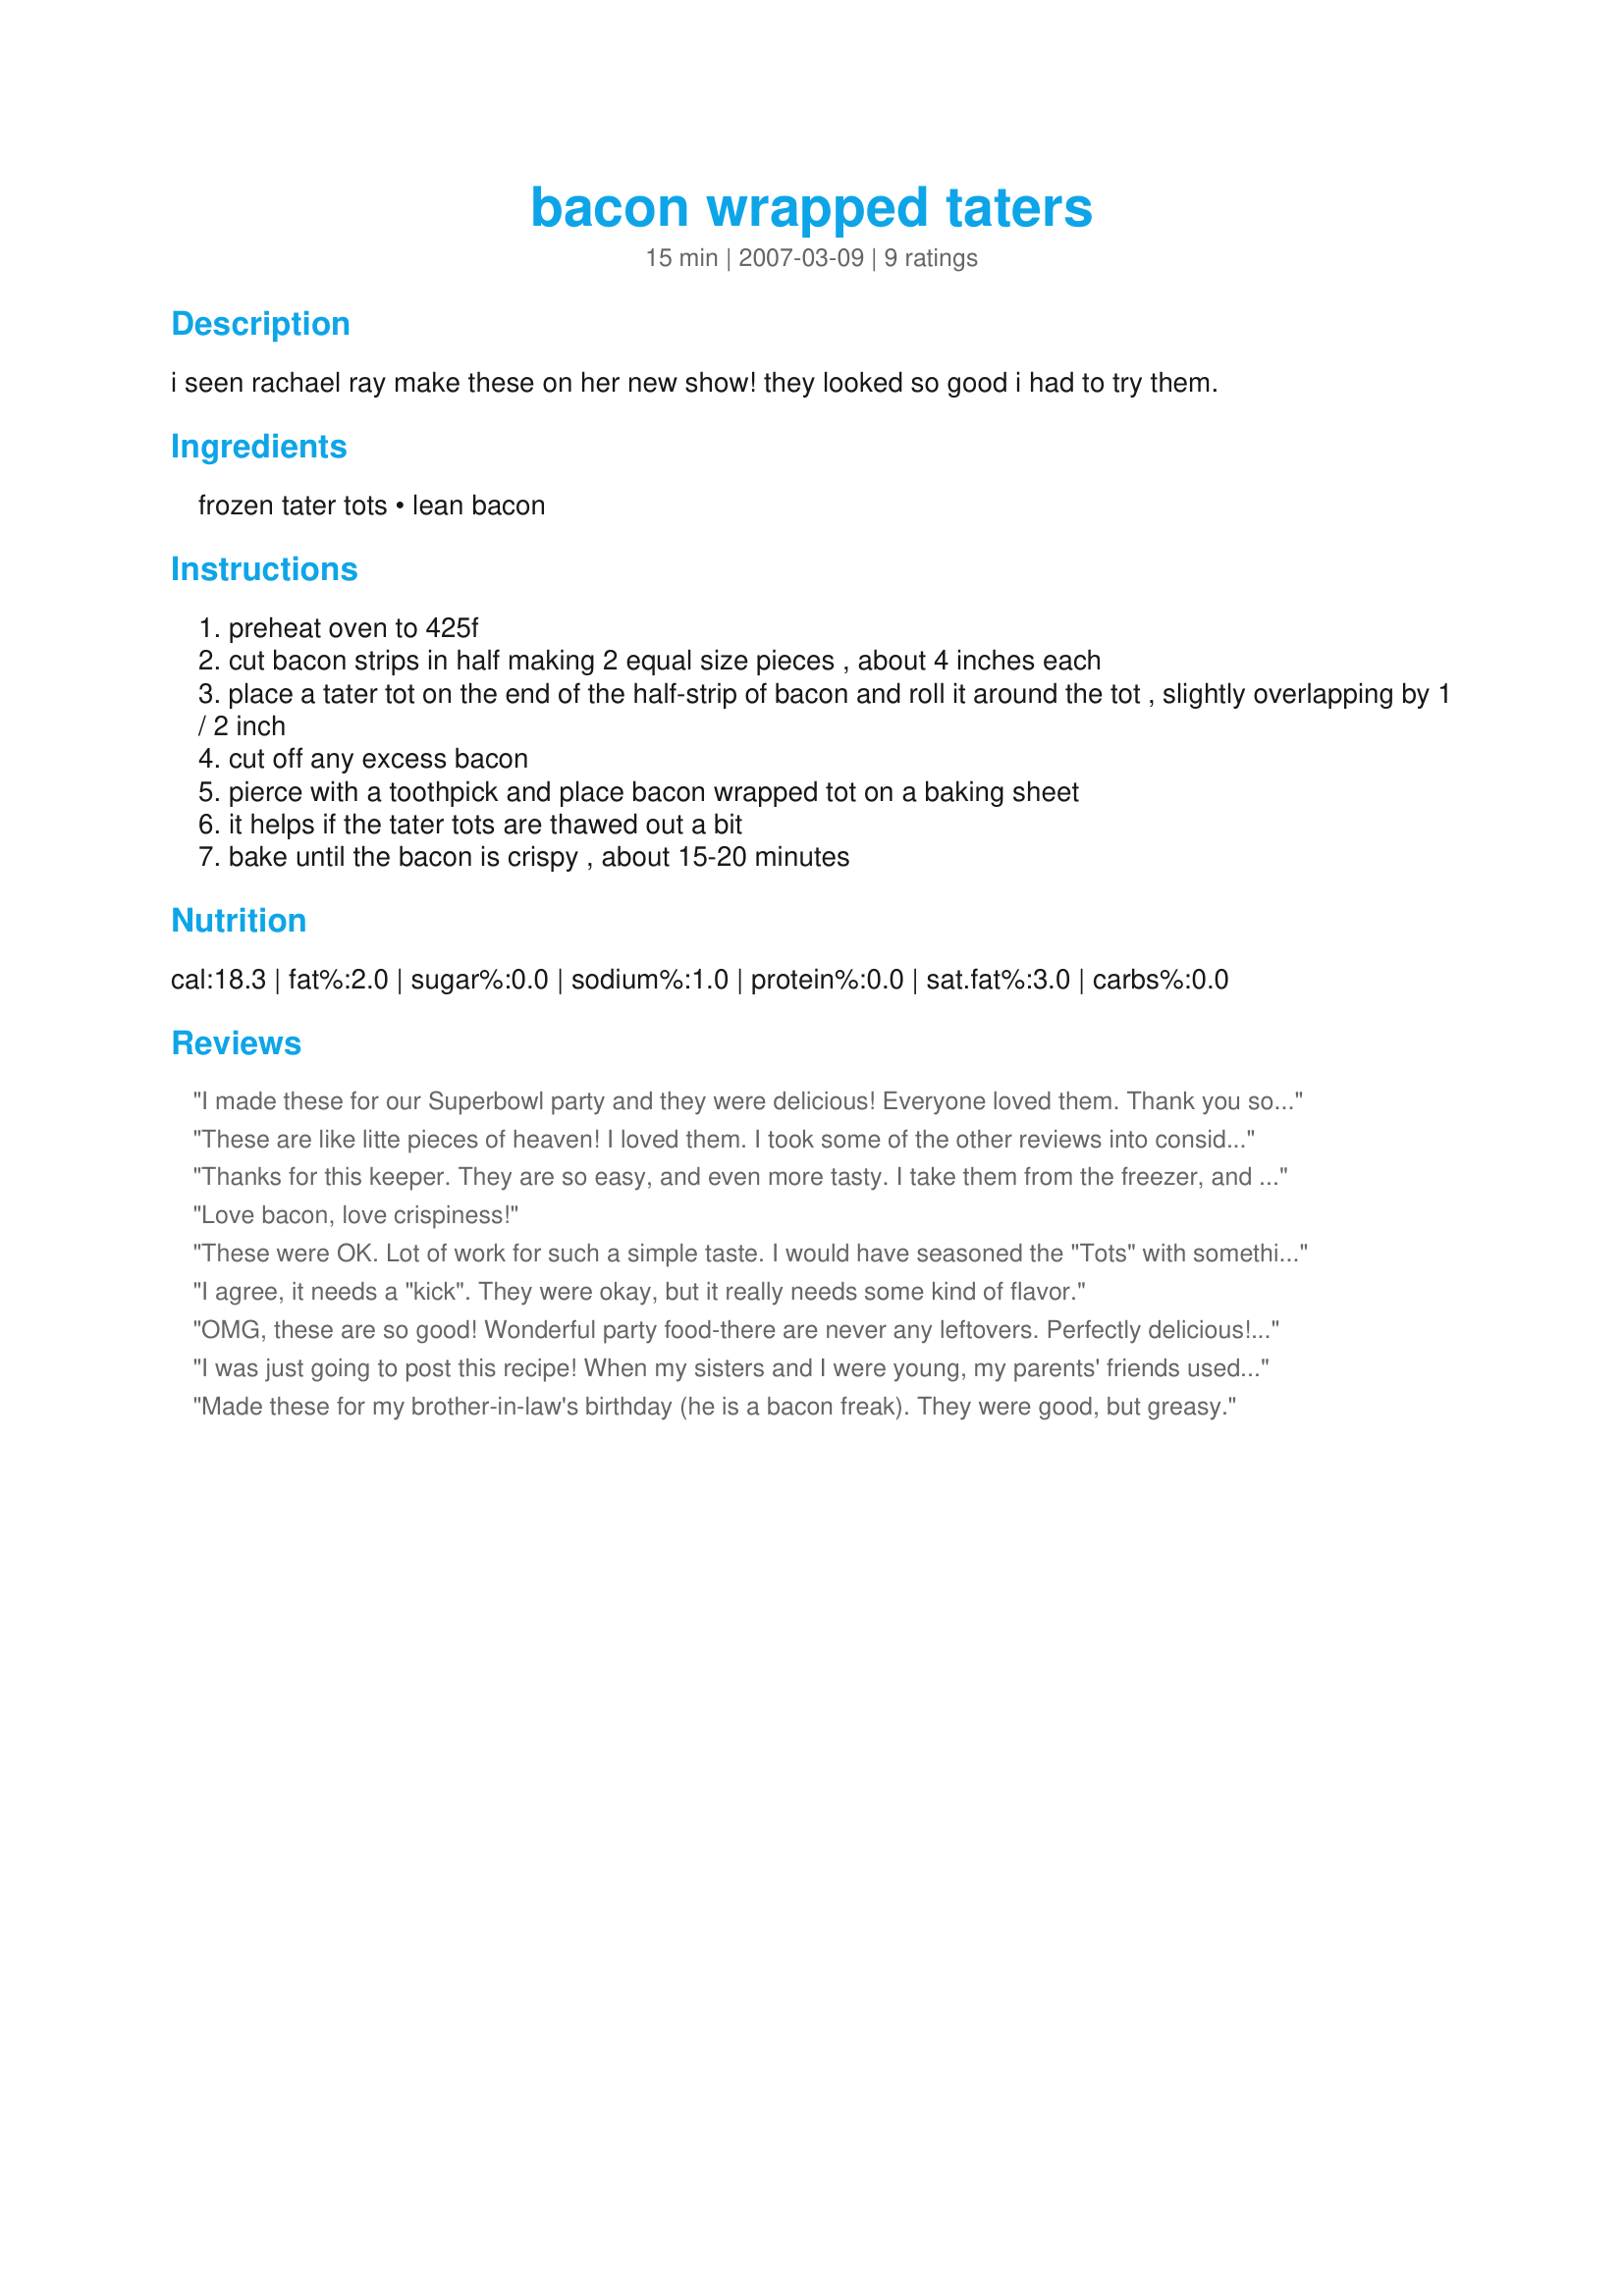
bacon wrapped taters
Preparation time: 15 minutes

i seen rachael ray make these on her new show! they looked so good i had to try them.

Ingredients:
frozen tater tots, lean bacon

Steps:
preheat oven to 425f
cut bacon strips in half making 2 equal size pieces , about 4 inches each
place a tater tot on the end of the half-strip of bacon and roll it around the tot , slightly overlapping by 1 / 2 inch
cut off any excess bacon
pierce with a toothpick and place bacon wrapped tot on a baking sheet
it helps if the tater tots are thawed out a bit
bake until the bacon is crispy , about 15-20 minutes

Reviews:
I made these for our Superbowl party and they were delicious! Everyone loved them. Thank you so much!
These are like litte pieces of heaven! I loved them. I took some of the other reviews into consideration about lack of "kick" and decided to make the LoneStar Steakhouse Spicy Ranch Dip Copycat to go with them and it tasted awesome! Also, make sure you thaw the taters out enough so that the toothpicks can go through. I thawed them in the microwave to get them a little softer. http://www.recipezaar.com/Lone-Star-Steakhouse-Spicy-Ranch-Dip-Copycat-35480
Thanks for this keeper. They are so easy, and even more tasty. I take them from the freezer, and wrap them. I keep checking them until I can get the water soaked toothpick through. They need to be as frozen as possible or they will come apart during baking. I will definitely be making these a lot. By the way, these were just as good after cooling to room temperature.
Love bacon, love crispiness!
These were OK.
Lot of work for such a simple taste. I would have seasoned the "Tots" with something before wrapping in the bacon ( maybe some hot sauce or cayenne ).
We will make again.
I agree, it needs a "kick". They were okay, but it really needs some kind of flavor.
OMG, these are so good! Wonderful party food-there are never any leftovers. Perfectly delicious! Thanks Marsha D. for sharing a keeper. Made for Zaar Chef Alphabet Soup.
I was just going to post this recipe! When my sisters and I were young, my parents' friends used to make these delicious bites every time we came over. My sisters and I would hover over the plate and devour these! It is ridiculous how delicious these are as there are only two ingredients. These days, I often make these for get-togethers with friends. Like old times, the hovering continues. Please try these, as they are AMAZING!
Made these for my brother-in-law's birthday (he is a bacon freak). They were good, but greasy.
